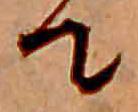
て